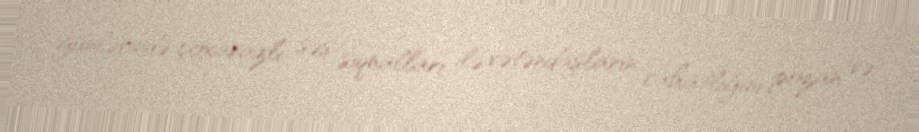
günlərində çoxavazlı səs siqnalları ilə vətəndaşların rahatlığını pozan və